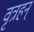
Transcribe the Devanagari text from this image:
वृत्रहन्